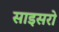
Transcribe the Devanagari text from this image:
साइसरो